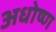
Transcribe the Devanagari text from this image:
अधोष्ण